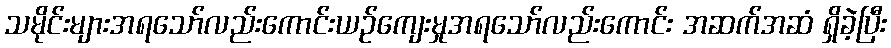
သမိုင်းများအရသော်လည်းကောင်းယဉ်ကျေးမှုအရသော်လည်းကောင်း အဆက်အဆံ ရှိခဲ့ပြီး